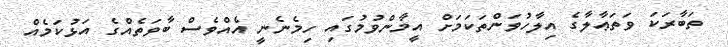
ތަބާރަކަ ވަތަޢާލާގެ އިލާހުވަންތަކަމަށް އީމާންވުމުގައި ހިމެނެނީ އެއްވެސް ބާވަތެއްގެ އަޅުކަމެއް